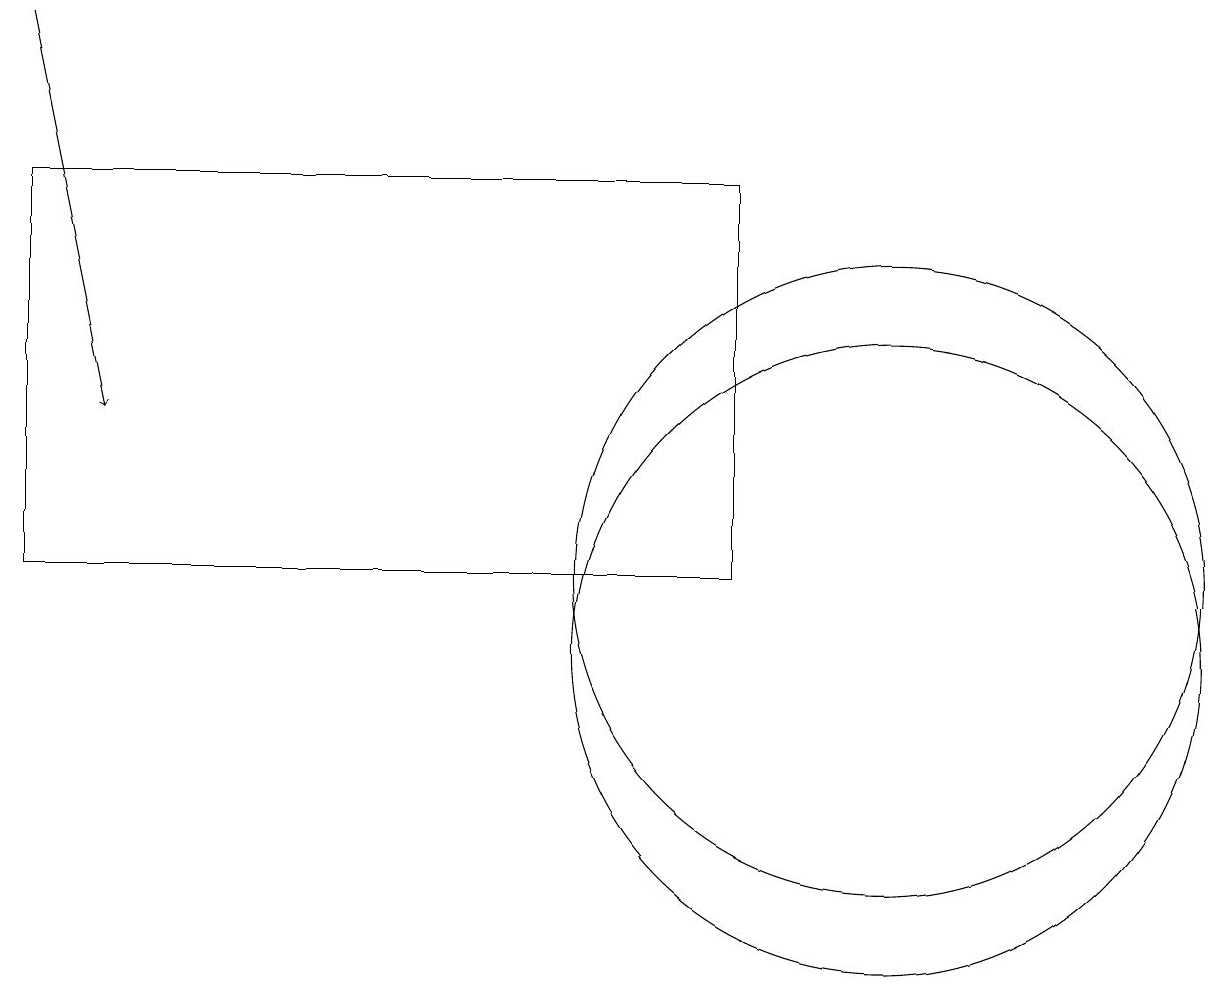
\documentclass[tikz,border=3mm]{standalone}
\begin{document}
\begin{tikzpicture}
\draw (9,11) rectangle (0,16);
\draw[->] (0,18) -- (1,13);
\draw (11,10) circle (4);
\draw (11,11) circle (4);
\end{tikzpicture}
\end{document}